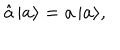
LaTeX: \hat { a } \, | { \bf a } \rangle = a \, | { \bf a } \rangle ,